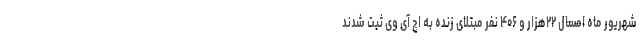
شهریور ماه امسال ۲۲هزار و ۴۰۶ نفر مبتلای زنده به اچ آی وی ثبت شدند